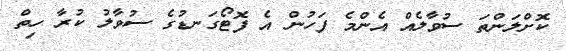
ކޮށްލަންތަ ސުވާލެއް އެންމެ ފަހުން އެ ފޮޓޯގަނޑުގެ ސުވާލު ކުރާ ހިތް